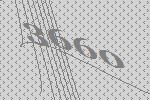
3660